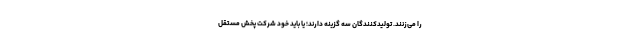
را می‌زنند. تولیدکنندگان سه گزینه دارند؛ یا باید خود شرکت پخش مستقل